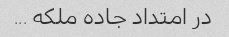
در امتداد جاده ملکه ...